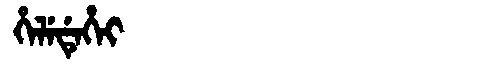
Manchu: ᡥᡝᠯᡝᡩᡝᡥᡝᡳ
Romanization: HELEDEHEI